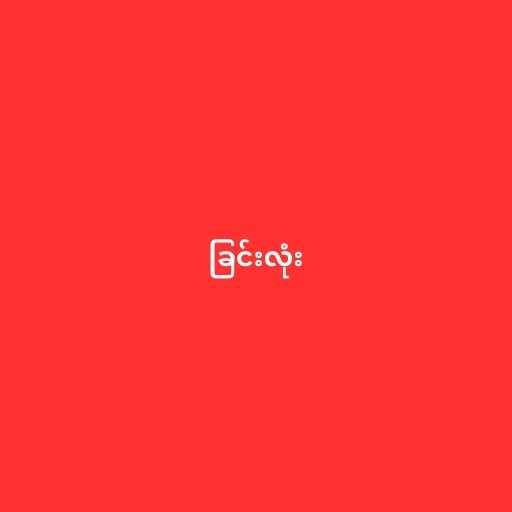
ခြင်းလုံး